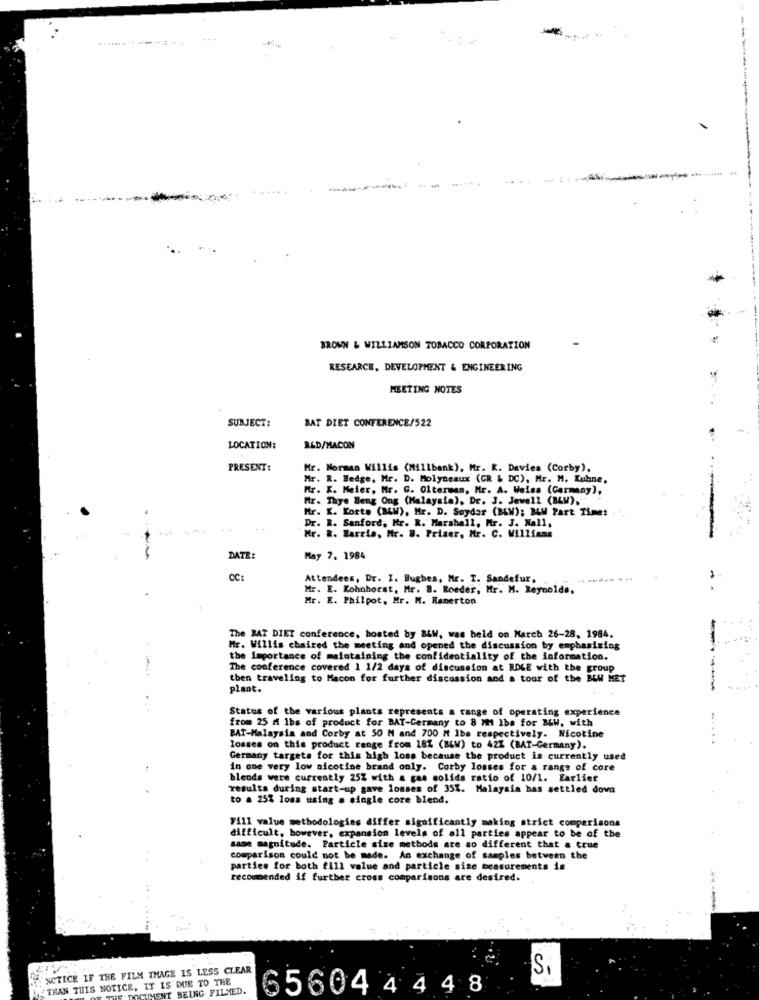
...
BROWN & WILLIAMSON TOBACCO CORPORATION
RESEARCH, DEVELOPMENT & ENGINEERING
MEETING NOTES
SUBJECT:
BAT DIET CONFERENCE/522
LOCATION:
RED/MACON
PRESENT:
Mr. Norman Willis (Millbank), Mr. K. Davies (Corby).
Mr. R. Bedge, Mr. D. Molyneaux (GR & DC), Mr. M. Kubne,
Mr. K. Meier, Mr. G. Olterman, Mr. A. Weiss (Carmany),
Mr. Thye Beng Ong (Malaysia), De. J. Jewell (B&W),
Mr. K. Korte (BLW), Mr. D. Soydar (BW); BLM Part Time:
Dr. R. Sanford, Mr. R. Marshall, Mr. J. Nall,
Mr. R. Barrio, Mr. 8. Priser, Mr. C. Williams
DATE:
May 7. 1984
CC:
Attendees, Dr. I. Hughes, Mr. T. Sandefur.
Mr. E. Kohnhorst, Mr. B. Roeder, Mr. M. Reynolds.
Mr. E. Philpot, Mr. M. Ramerton
The BAR DIET conference, hosted by BLW, was held on March 26-28, 1984.
Mr. Willis chaired the meeting and opened the discussion by emphasizing
the importance of maintaining the confidentiality of the information.
--
The conference covered 1 1/2 days of discussion at RDLE with the group
then traveling to Macon for further discussion and a tour of the BLW MET
plant.
...
Status of the various plants represents a range of operating experience
from 25 A 1bs of product for BAT-Germany to 8 MM1 Iba for B&W, with
BAT-Malaysia and Corby at 50 M and 700 Mt lbs respectively. Nicotine
losses on this product range from 181 (BLW) to 42% (BAT-Germany).
Germany targets for this high loss because the product is currently used
in one very low nicotine brand only. Corby losses for a range of core
blends were currently 25% with a gas solids ratio of 10/1. Earlier
results during start-up gave losses of 351. Malaysia bas settled down
to a 25% loss using a single core blend.
Fill value methodologies differ significantly making strict comparisons
difficult, however, expansion levels of all parties appear to be of the
same magnitude. Particle size methods are so different that a true
comparison could not be made. An exchange of samples between the
parties for both fill value and particle size measurements is
recommended if further cross comparisons are desired.
NOTICE IF THE FILM IMAGE IS LESS CLEAR
Si
THAN THIS NOTICE, IT IS DUE TO THE
UMENT BEING FILMED.
656044448